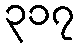
၃၁၇